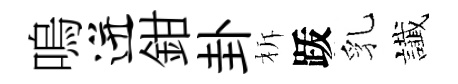
嗚迸鉗卦柝䟦乳䜟